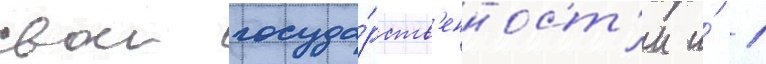
свои госуда́рств'енност'и и́ 1